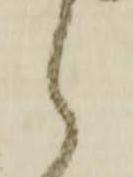
候